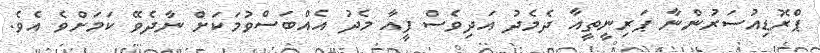
ޕްރޮޑިއުސަރުންނާ ޕަރިނީތީއާ ދެމެދު އަދިވެސް ފީއާ މެދު އެއްބަސްވުމަކަށް ނާދެވޭ ކަމަށްވެ އެވެ.